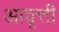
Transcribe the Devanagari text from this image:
अावृत्ती